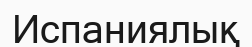
Испаниялық